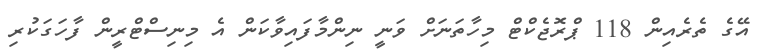
އޭގެ ތެރެއިން 118 ޕްރޮޖެކްޓް މިހާތަނަށް ވަނީ ނިންމާފައިވާކަން އެ މިނިސްޓްރީން ފާހަގަކުރި